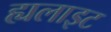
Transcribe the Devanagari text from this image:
ह्यलाइट